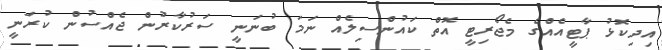
އިދިކޮޅު ޕާޓީއެއްގެ މެޖޯރިޓީ އޮތް ކައުންސިލެއް ނަމަ ބުނަނީ ސަރުކާރުން ޖެއްސުން ކުރަނީ